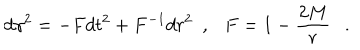
d \gamma ^ { 2 } = - F d t ^ { 2 } + F ^ { - 1 } d r ^ { 2 } ~ ~ , F = 1 - { \frac { 2 M } { r } } .